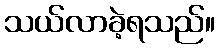
သယ်လာခဲ့ရသည်။